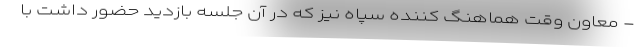
- معاون وقت هماهنگ کننده سپاه نیز که در آن جلسه بازدید حضور داشت با